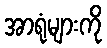
အာရုံများကို